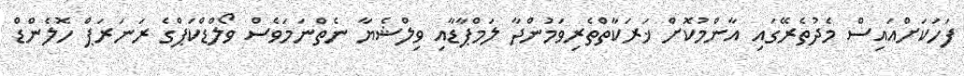
ފަހަކަށްއައިސް މެދުތެރޭގައި އާންމުކޮށް ޚަރަކާތްތެރިވަމުންދާ ލަމްޕާޑާއި ވިލްޝެޔާ ނެތްނަމަވެސް ވޯލްޑްކަޕްގެ ރަނަރަޕް ހޮލެންޑް